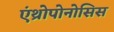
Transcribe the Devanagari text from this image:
एंथ्रोपोनोसिस